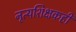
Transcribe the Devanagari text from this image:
नृत्यशिक्षकही